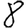
Digit: 8